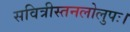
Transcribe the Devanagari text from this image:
सवित्रीस्तनलोलुपः।